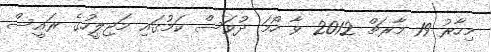
މިހާރު 19 މާރޗް 2012 ވާ ހޯމަ ދުވަސް ކަމުގައި މަޖިލީހުގެ ރައީސް